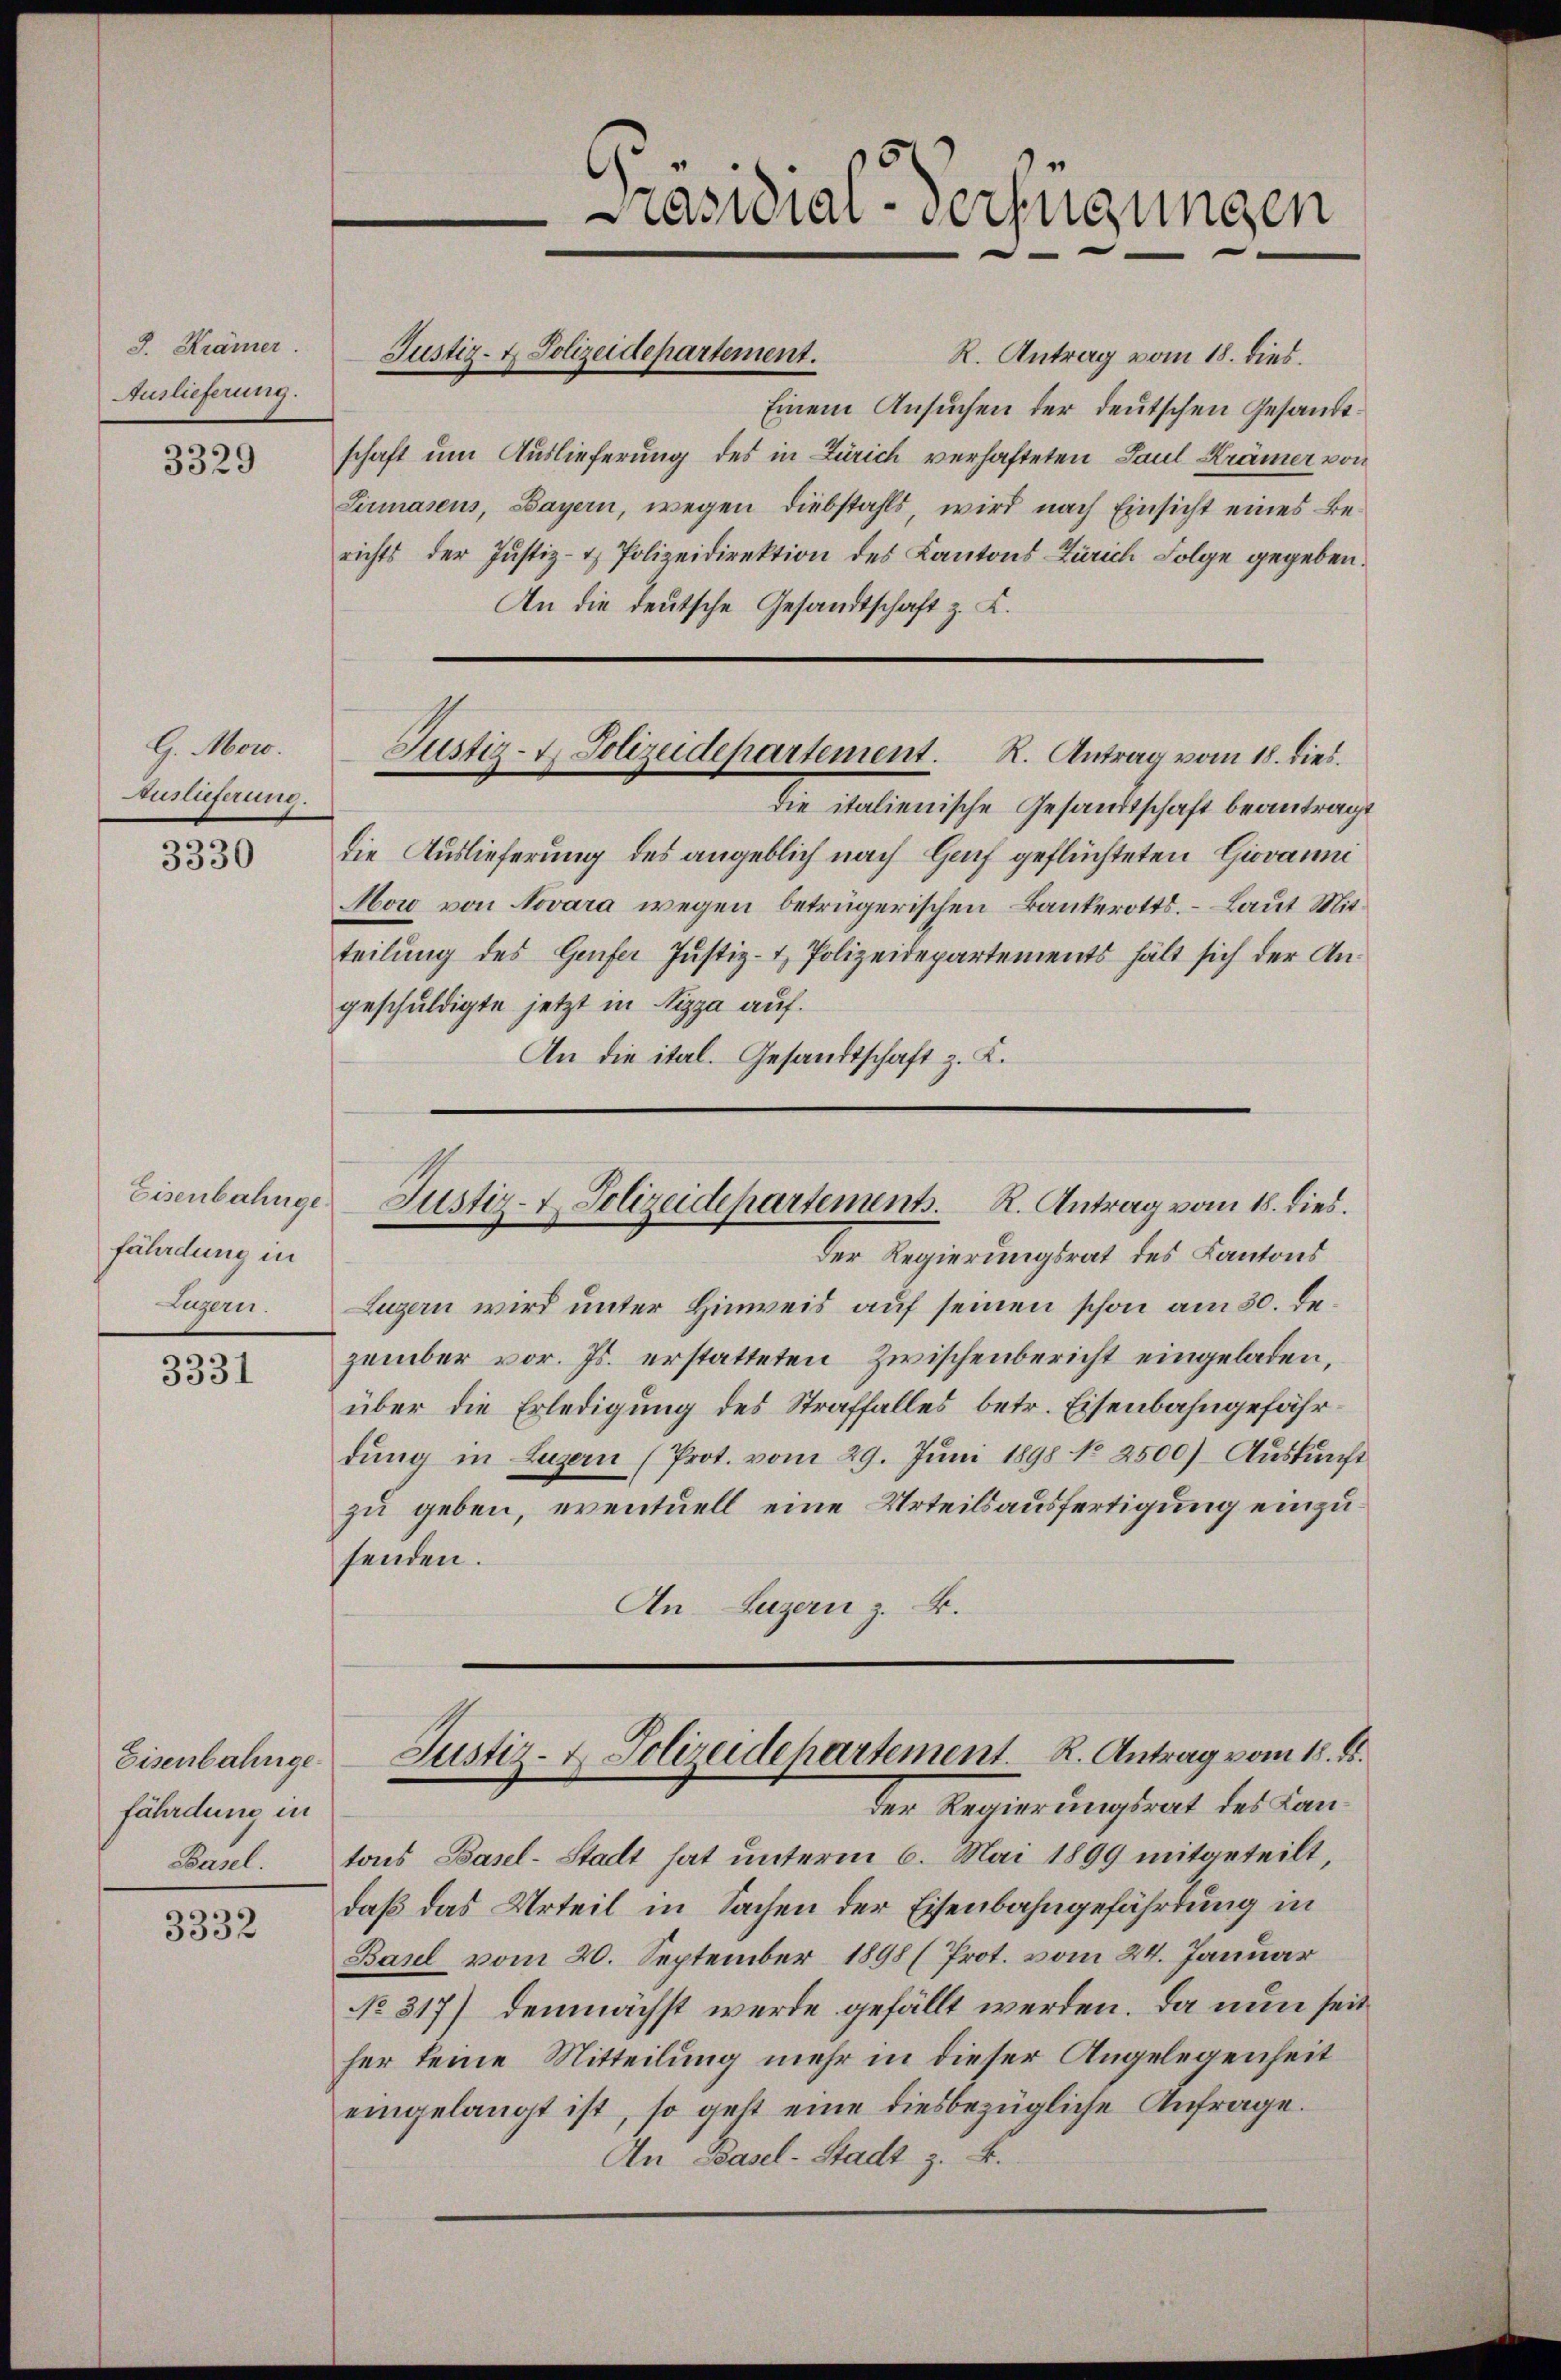
J. Krämer.
Auslieferung.

3329

G. Moro.
Auslieferung.

3330

fährdung in
Legern.

3331

Eisenbahngefährdung in
Basel.

3332

R. Antrag vom 18. dies.
Einem Ansuchen der deutschen Gesandtschaft um Auslieferung des in Zürich verhafteten Paul Krämer von
Lirasens, Bayern, wegen Diebstahls, wird nach Einsicht eines Berichts der Justiz- & Polizeidirektion des Kantons Zürich Folge gegeben.
An die deutsche Gesandtschaft z. K.
Justiz- & Polizeidepartement. R. Antrag vom 18. dies
die italienische Gesandtschaft beantragt
die Auslieferung des angeblich nach Hof geflüchteten Giovanni
Abord von Novara wegen betrügerischen Bankerotts. Laut Mitteilung des Genfer Justiz- & Polizeidepartements hält sich der Angeschuldigte jetzt in Nizza auf.
An die ital. Gesandtschaft z. K.

Justiz- & Polizeidepartement.

Präsidial-Verfügungen

der Regierungsrat des Kantons
Luzern wird unter Hinweis auf seinen schon am 30. Dezember vor. Js. erstatteten Zwischenbericht eingeladen,
über die Erledigung des Straffalles betr. Eisenbahngefährdŭng in Luzern (Prot. vom 29. Jŭni 1898 No 2500) Aŭskŭnft
zu geben, eventuell eine Urteilsausfertigung einzusenden.
An Luzern z. B.

Eisenbahnge Justiz- & Polizeidepartement. R. Antrag vom 18. dies.

tons Basel-Stadt hat unterm 6. Mai 1899 mitgeteilt,
daß das Urteil in Sachen der Eisenbahngefährdung in
Basel vom 20. September 1898 (Prot. vom 24. Januar
No. 317) demnächst werde gefällt werden. Da nun seit
her keine Mitteilung mehr in dieser Angelegenheit
eingelangt ist, so geht eine diesbezügliche Anfrage.
An Basel-Stadt z. B.

Justiz- & Polizeidepartement. R. Antrag vom 18. ds.
der Regierungsrat des Lan¬